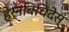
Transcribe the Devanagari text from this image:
हेर्नबिचिदेस्